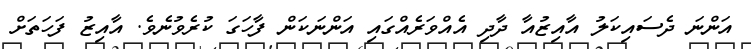
އަންނަ ދެސައިކަލު އާއިޒުއާ ދާދި އެއްވަރެއްގައި އަންނަކަން ފާހަގަ ކުރެވުނެވެ. އާއިޒު ފަހަތަށް